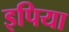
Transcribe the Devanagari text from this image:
इपिया